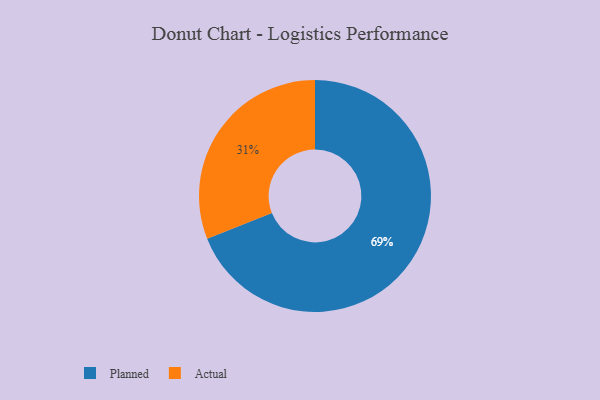
{"axis": {"x": "Category", "y": "Percentage"}, "legend": ["Actual", "Planned"], "data": [{"x": "Actual", "y": 31, "type": "Actual"}, {"x": "Planned", "y": 69, "type": "Planned"}]}